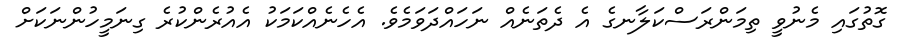
ގޮތުގައި މެނުވީ ތިމަންރަސްކަލާނގެ އެ ދެތަނެއް ނަހައްދަވަމެވެ. އެހެނެއްކަމަކު އެއުރެންކުރެ ގިނަމީހުންނަކަށް